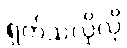
ရှက်သလိုလို